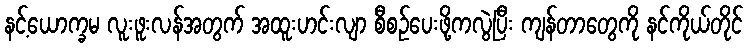
နင့်ယောက္ခမ လူးဖူးလန်အတွက် အထူးဟင်းလျာ စီစဉ်ပေးဖို့ကလွဲပြီး ကျန်တာတွေကို နင်ကိုယ်တိုင်